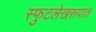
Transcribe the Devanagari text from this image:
स्फुटलेखरूपात